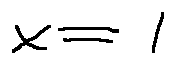
x = 1